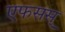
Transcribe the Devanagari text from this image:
एफसस्